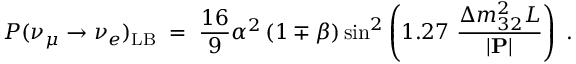
P ( \nu _ { \mu } \rightarrow \nu _ { e } ) _ { \mathrm { L B } } ^ { ~ } \; = \; \frac { 1 6 } { 9 } \alpha ^ { 2 } \left( 1 \mp \beta \right) \sin ^ { 2 } \left( 1 . 2 7 ~ \frac { \Delta m _ { 3 2 } ^ { 2 } L } { | { \bf P } | } \right) \; .